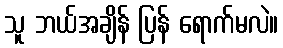
သူ ဘယ်အချိန် ပြန် ရောက်မလဲ။